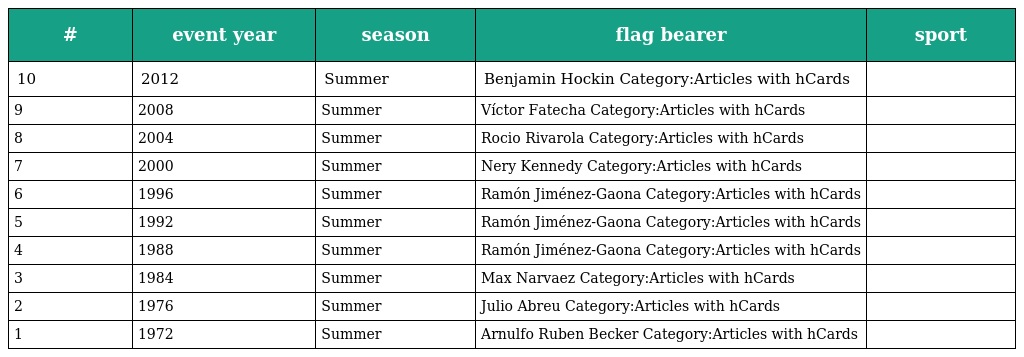
| # | event year | season | flag bearer | sport |
 | --- | --- | --- | --- | --- |
 | 10 | 2012 | Summer | Benjamin Hockin Category:Articles with hCards |  |
 | 9 | 2008 | Summer | Víctor Fatecha Category:Articles with hCards |  |
 | 8 | 2004 | Summer | Rocio Rivarola Category:Articles with hCards |  |
 | 7 | 2000 | Summer | Nery Kennedy Category:Articles with hCards |  |
 | 6 | 1996 | Summer | Ramón Jiménez-Gaona Category:Articles with hCards |  |
 | 5 | 1992 | Summer | Ramón Jiménez-Gaona Category:Articles with hCards |  |
 | 4 | 1988 | Summer | Ramón Jiménez-Gaona Category:Articles with hCards |  |
 | 3 | 1984 | Summer | Max Narvaez Category:Articles with hCards |  |
 | 2 | 1976 | Summer | Julio Abreu Category:Articles with hCards |  |
 | 1 | 1972 | Summer | Arnulfo Ruben Becker Category:Articles with hCards |  |